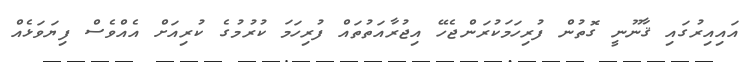
އައިއިރުގައި ޤާނޫނީ ގޮތުން ފުރިހަމަކުރަންޖެހޭ އިޖުރާއަތުތައް ފުރިހަމަ ކުރުމުގެ ކުރިއަށް އެއްވެސް ފިޔަވަޅެއް